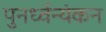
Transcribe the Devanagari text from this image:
पुनर्ध्वन्यंकन